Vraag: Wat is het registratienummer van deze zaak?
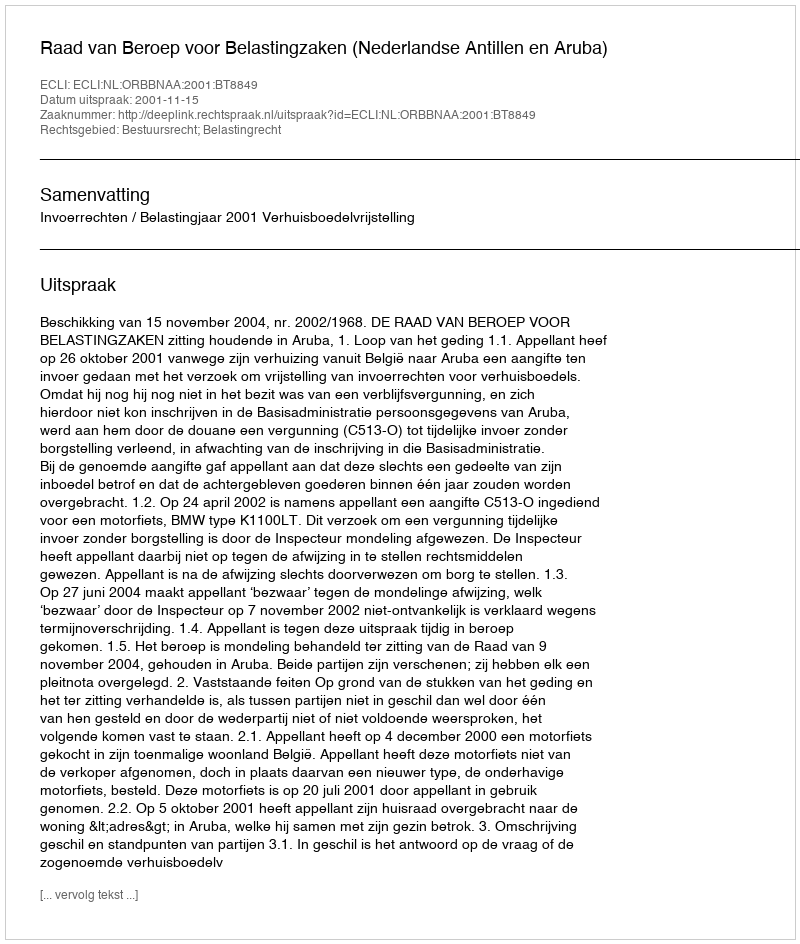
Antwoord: http://deeplink.rechtspraak.nl/uitspraak?id=ECLI:NL:ORBBNAA:2001:BT8849